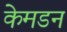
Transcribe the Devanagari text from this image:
केमडन